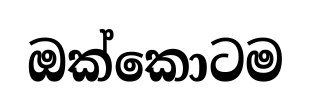
ඔක්කොටම